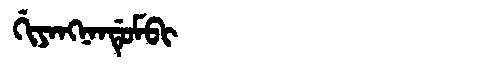
Manchu: ᡤᡳᠶᠠᠩᠨᠠᠨᡩᡠᠮᠪᡳ
Romanization: GIYANGNANDUMBI